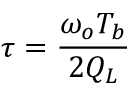
\tau = { \frac { \omega _ { o } T _ { b } } { 2 Q _ { L } } }